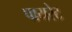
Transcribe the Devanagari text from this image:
पायरेट